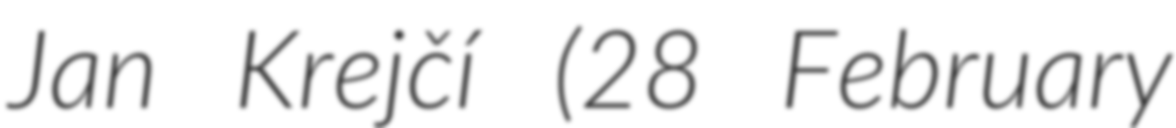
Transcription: Jan Krejčí (28 February